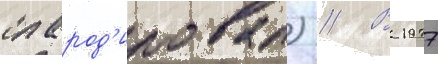
спарод'ировал) // В 1977